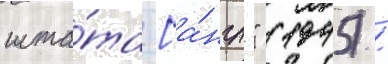
шта́та [а́нгл." (1945) /